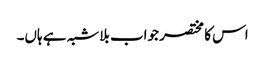
اس کا مختصر جواب بلاشبہ ہے ہاں۔